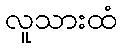
လူသားထံ